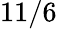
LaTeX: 11/6